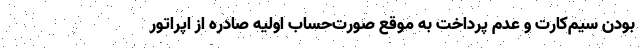
‌بودن سیم‌کارت و عدم پرداخت به موقع صورت‌حساب اولیه صادره از اپراتور